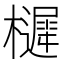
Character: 𭬱